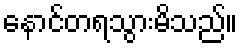
နောင်တရသွားမိသည်။